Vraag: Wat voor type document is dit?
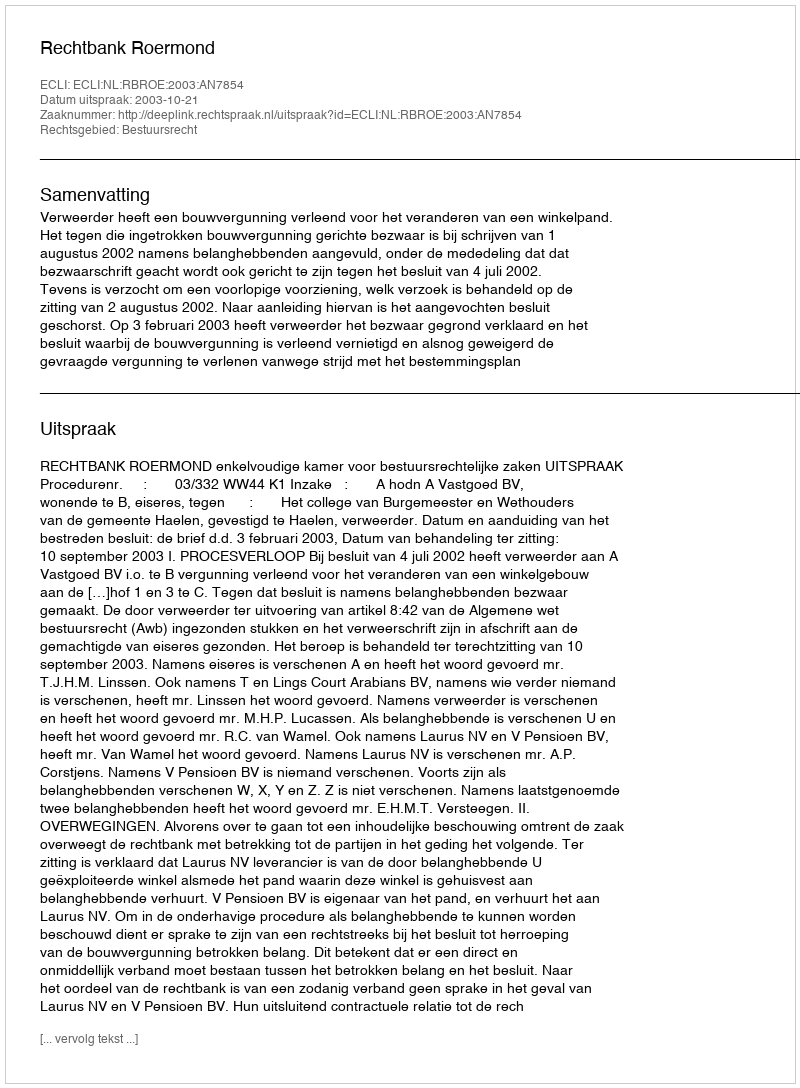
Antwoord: Uitspraak